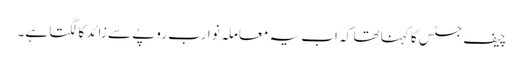
چیف جسٹس کا کہنا تھا کہ اب یہ معاملہ نو ارب روپے سے زائد کا لگتا ہے۔